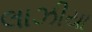
લાઝીયા